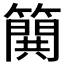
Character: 𰪝